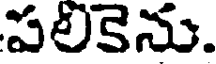
పలికెను.